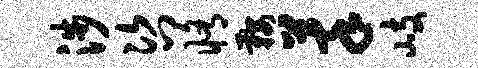
涉咨修鞍萃岐